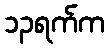
၁၃ရက်က